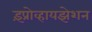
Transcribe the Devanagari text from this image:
इंप्रोव्हायझेशन